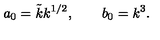
a _ { 0 } = \tilde { k } k ^ { 1 / 2 } , \qquad b _ { 0 } = k ^ { 3 } .